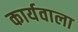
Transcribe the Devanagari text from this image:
कार्यवाला